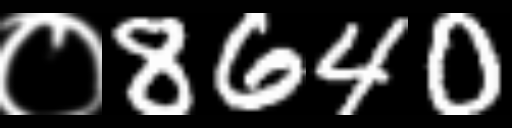
Text: ०8640